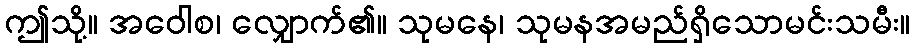
ဤသို့။ အဝေါစ၊ လျှောက်၏။ သုမနေ၊ သုမနအမည်ရှိသောမင်းသမီး။